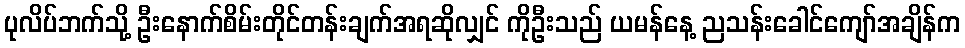
ပုလိပ်ဘက်သို့ ဦးနောက်စိမ်းတိုင်တန်းချက်အရဆိုလျှင် ကိုဦးသည် ယမန်နေ့ ညသန်းခေါင်ကျော်အချိန်က